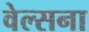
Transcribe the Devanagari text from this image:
वेल्सना